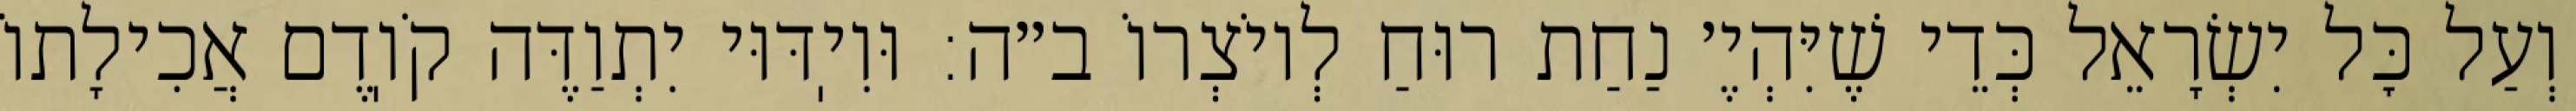
וְעַל כׇּל יִשְׂרָאֵל כְּדֵי שֶׁיִּהְיֶ׳ נַחַת רוּחַ לְיוֹצְרוֹ ב״ה: וּוִיֽדּוּי יִתְוַדֶּה קֹוֽדֶם אֲכִילָתוֹ